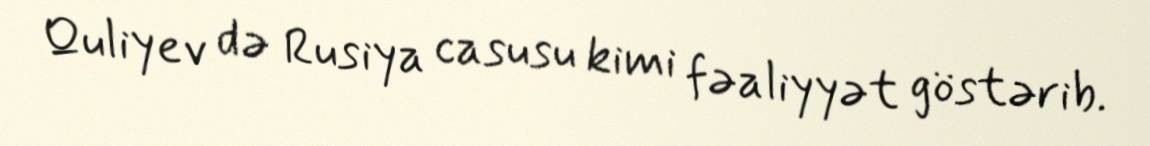
Quliyev də Rusiya casusu kimi fəaliyyət göstərib.